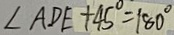
\angle A D E + 4 5 ^ { \circ } = 1 8 0 ^ { \circ }